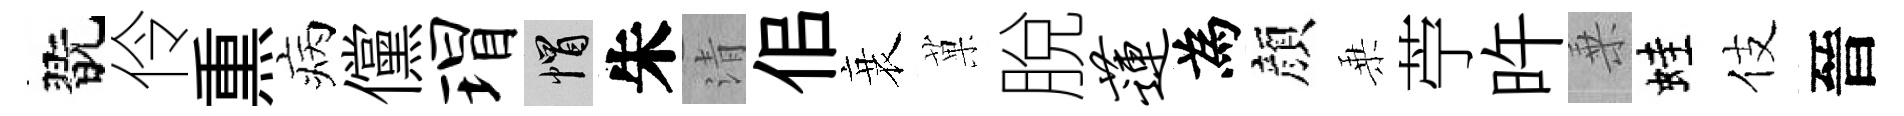
翫伶𤋱病儻瑁帽朱清佀衰菓脫莲為顔乗苧旿乗蛙伎晉